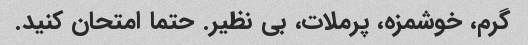
گرم، خوشمزه، پرملات، بی نظیر. حتما امتحان کنید.